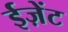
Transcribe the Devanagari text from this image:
ईज़ेंट